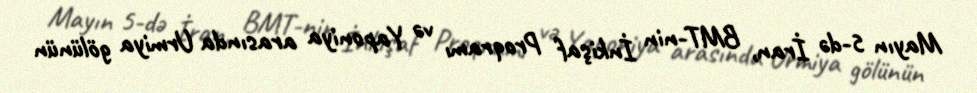
Mayın 5-də İran, BMT-nin İnkişaf Proqramı və Yaponiya arasında Urmiya gölünün